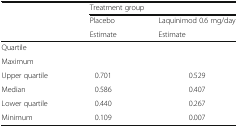
<table><thead><tr><td rowspan="3"></td><td colspan="2"><b>Treatment group</b></td></tr><tr><td><b>Placebo</b></td><td><b>Laquinimod 0.6 mg/day</b></td></tr><tr><td><b>Estimate</b></td><td><b>Estimate</b></td></tr></thead><tbody><tr><td>Quartile</td><td rowspan="2"></td><td rowspan="2"></td></tr><tr><td>Maximum</td></tr><tr><td>Upper quartile</td><td>0.701</td><td>0.529</td></tr><tr><td>Median</td><td>0.586</td><td>0.407</td></tr><tr><td>Lower quartile</td><td>0.440</td><td>0.267</td></tr><tr><td>Minimum</td><td>0.109</td><td>0.007</td></tr></tbody></table>